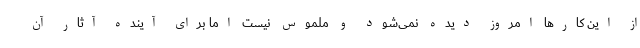
از این کارها امروز دیده نمی‌شود و ملموس نیست اما برای آینده آثار آن